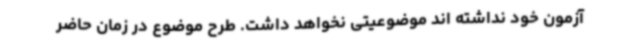
آزمون خود نداشته اند موضوعیتی نخواهد داشت. طرح موضوع در زمان حاضر